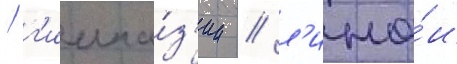
/ г'имна́з'ии / л'ице́и